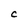
Character: C